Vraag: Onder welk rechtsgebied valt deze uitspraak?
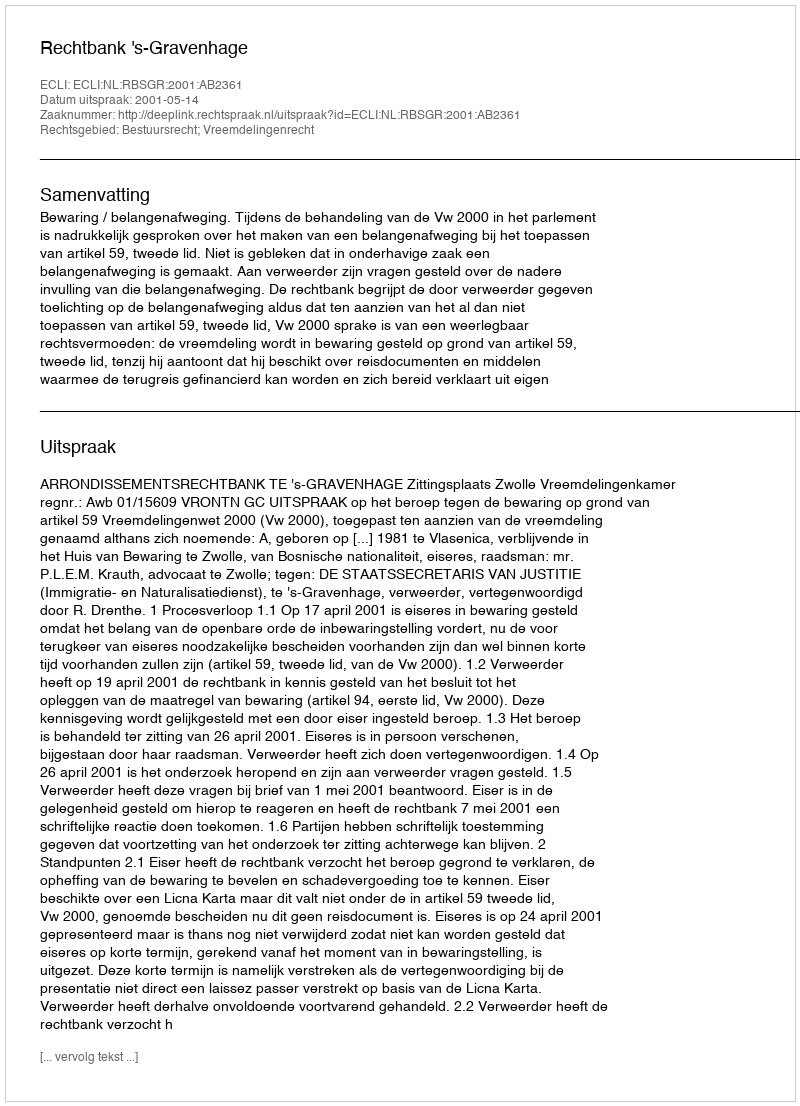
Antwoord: Bestuursrecht; Vreemdelingenrecht